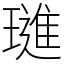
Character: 璡